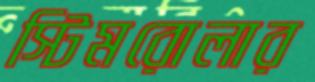
স্টিমরোলার